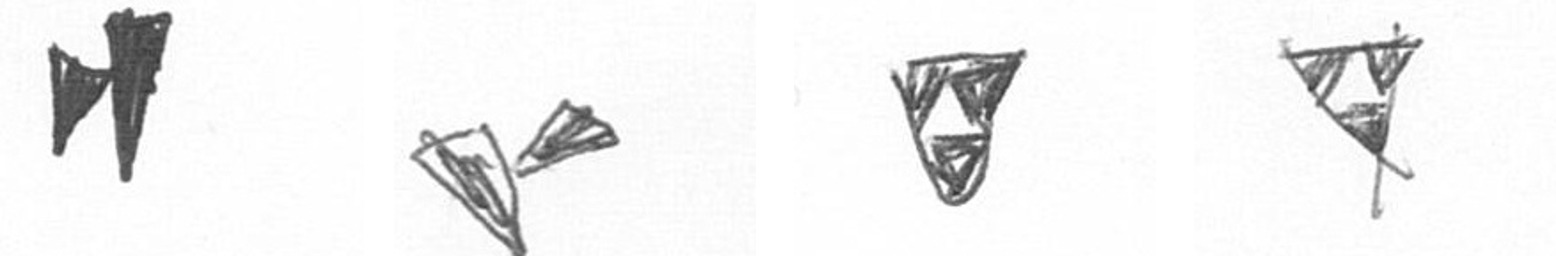
M F S S